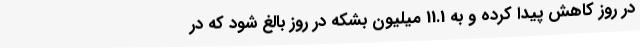
در روز کاهش پیدا کرده و به 11.1 میلیون بشکه در روز بالغ شود که در